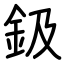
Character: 鈒